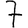
Digit: 7